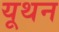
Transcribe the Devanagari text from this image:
यूथन